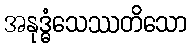
အနုဒ္ဓံသေဿတိသော